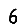
Digit: 6